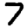
Digit: 7